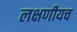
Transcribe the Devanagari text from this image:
लक्षणीयच